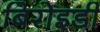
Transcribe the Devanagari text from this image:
बिरोइडी